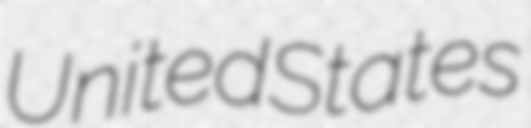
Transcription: United States